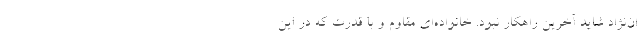
ان‌نژاد شاید آخرین راهکار نبود. خانواده‌ای مقاوم و با قدرت که در این